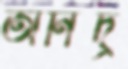
অনিদ্র